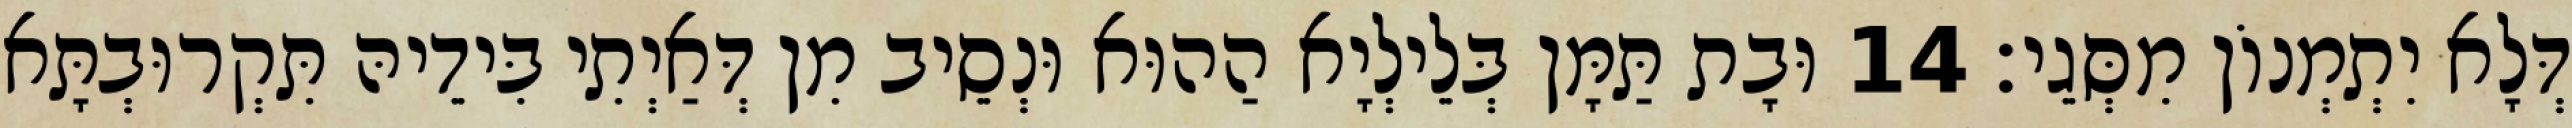
דְּלָא יִתְמְנוֹן מִסְּגֵי׃ 14 וּבָת תַּמָּן בְּלֵילְיָא הַהוּא וּנְסֵיב מִן דְּאַיְתִי בִּידֵיהּ תִּקְרוּבְתָּא